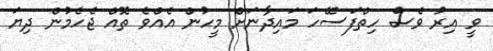
ވީ އިރު ވެސް ހިތްފަސޭހަ މައިދާނަށް މީހުން އެއްވެ ތޮއް ޖެހެމުން ދިޔަ